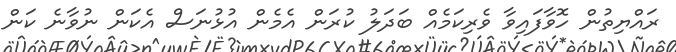
ރައްޔިތުން ހޮވާފައިވާ ވެރިކަމެއް ބަދަލު ކުރަން އެމެން އުޅުނަސް އެކަން ނުވާނެ ކަން